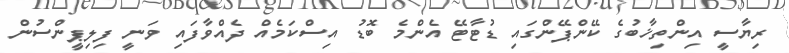
ރިޔާސީ އިންތިޚާބުގެ ކޭންޕޭންގައި ޑުޓާޓޭ އެންމެ ބޮޑު އިސްކަމެއް ދެއްވާފައި ވަނީ ފިލިޕީންސުން